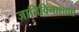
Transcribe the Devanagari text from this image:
जातिविनाशाचा